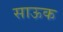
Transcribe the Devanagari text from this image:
साऊक